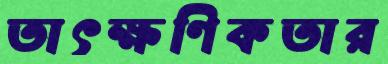
তাৎক্ষণিকতার